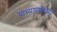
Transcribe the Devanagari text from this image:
याच्यापर्यंतच्या